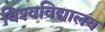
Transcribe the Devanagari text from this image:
विश्‍वविद्यालय